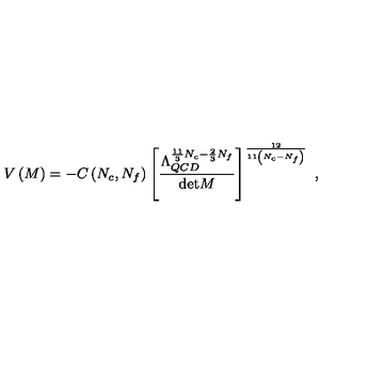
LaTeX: V \left( M \right) = - C \left( N _ { c } , N _ { f } \right) \left[ \frac { \Lambda _ { Q C D } ^ { \frac { 1 1 } { 3 } N _ { c } - \frac { 2 } { 3 } N _ { f } } } { \mathrm { d e t } M } \right] ^ { \frac { 1 2 } { 1 1 \left( N _ { c } - N _ { f } \right) } } \ ,